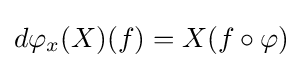
d\varphi _{x}(X)(f)=X(f\circ \varphi )